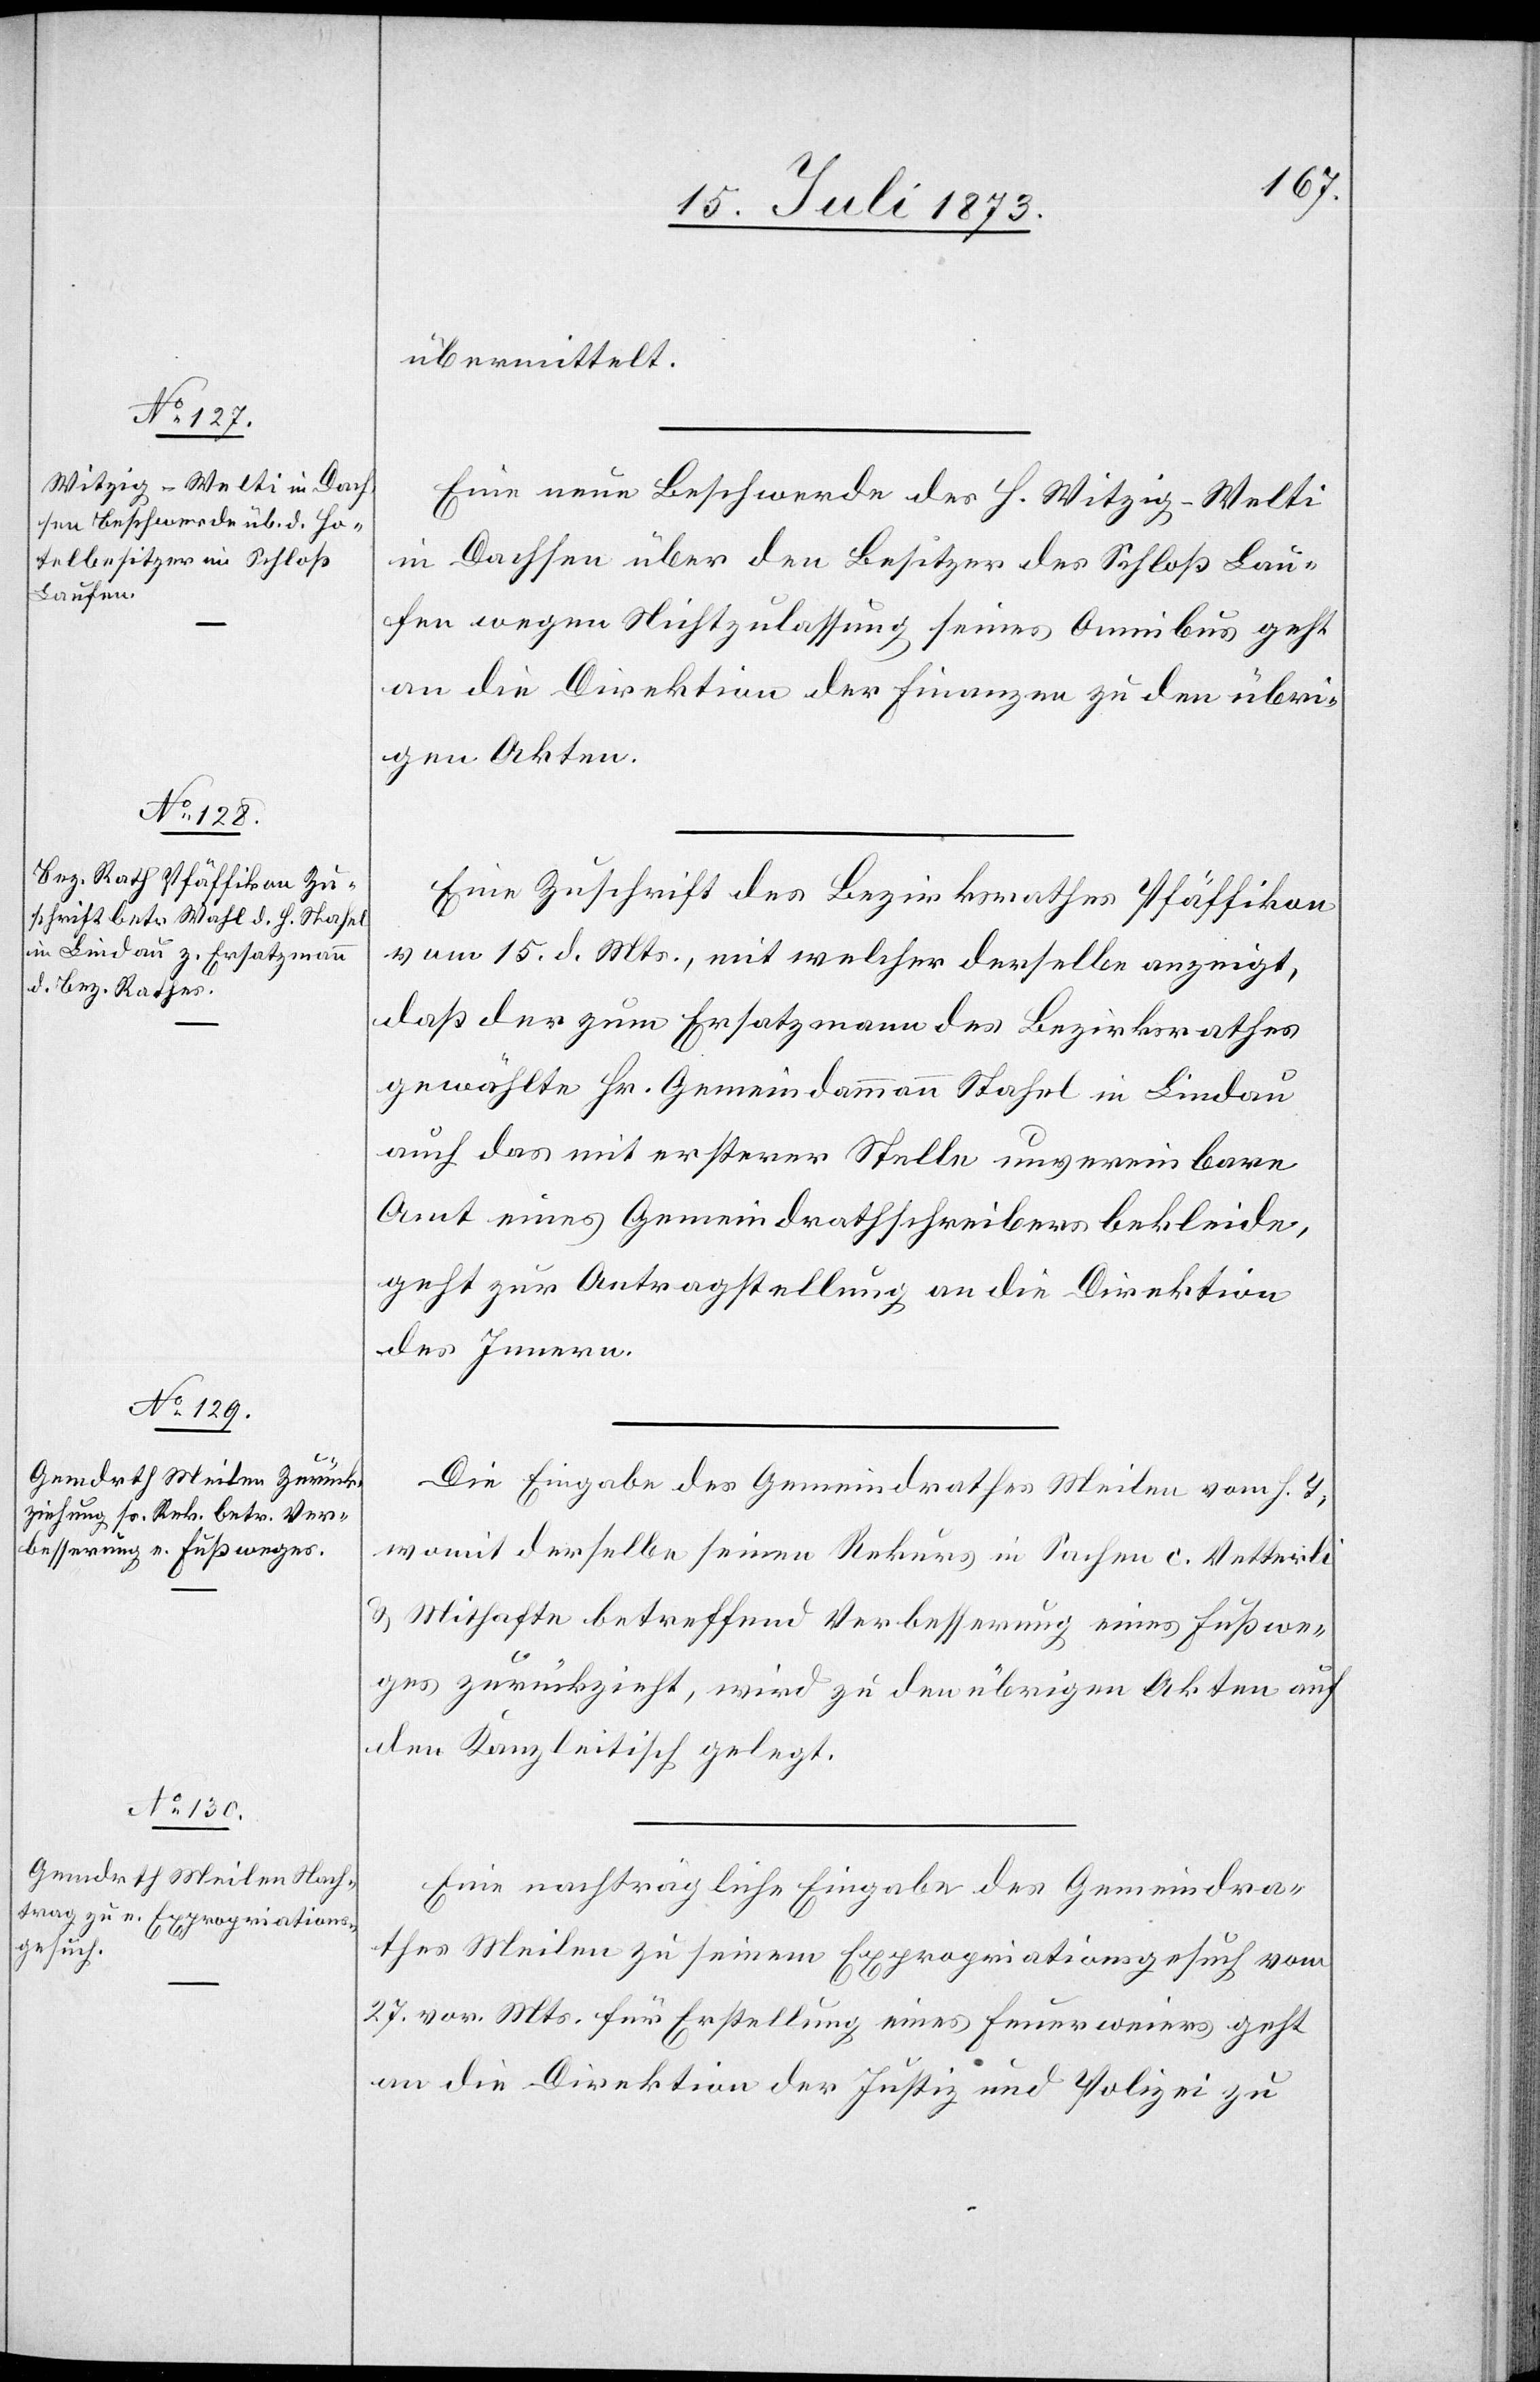
18. Juli 1873.]
übermittelt.
Eine neue Beschwerde des H. Witzig-Welti
in Dachsen über den Besitzer des Schloß Lau¬
fen wegen Nichtzulassung seines Omnibus geht
an die Direktion der Finanzen zu den übri¬
gen Akten.
Eine Zuschrift des Bezirksrathes Pfäffikon
vom 15. d. Mts., mit welcher derselbe anzeigt,
daß der zum Ersatzmann des Bezirksrathes
gewählte Hr. Gemeindammann Stahel in Lindau
auch das mit ersterer Stelle unvereinbare
Amt eines Gemeindrathschreibers bekleide,
geht zur Antragstellung an die Direktion
des Innern.
Die Eingabe des Gemeindrathes Meilen vom h. T.,
womit derselbe seinen Rekurs in Sachen c. Vetterli
& Mithafte betreffend Verbesserung eines Fußwe¬
ges zurückzieht, wird zu den übrigen Akten auf
den Kanzleitisch gelegt.
Eine nachträgliche Eingabe des Gemeindra¬
thes Meilen zu seinem Expropriationsgesuch vom
27. vor. Mts. für Erstellung eines Feuerweiers geht
an die Direktion der Justiz und Polizei zu